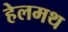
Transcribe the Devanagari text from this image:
हेलमथ